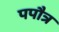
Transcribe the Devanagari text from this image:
पपौत्र